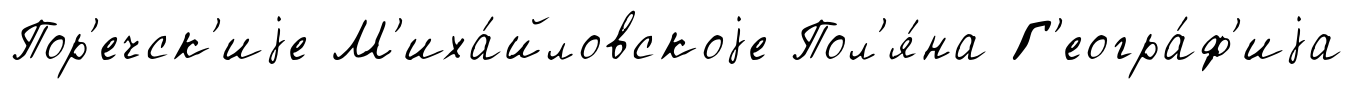
Пор'ечск'иjе М'иха́йловскоjе Пол'я́на Г'еогра́ф'иjа